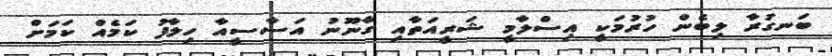
ބަނގުރާ ލިބެން ހުރުމަކީ އިސްލާމީ ޝަރީއަތާއި ގާނޫނު އަސާސީއާ ހިލާފު ކަމެއް ކަމަށް